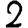
Digit: 2